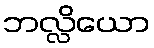
ဘလ္လိယော